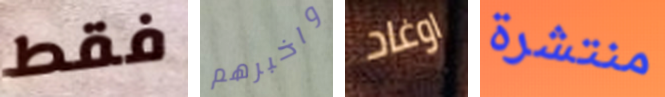
فقط واخبرهم اوغاد منتشرة